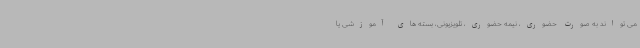
می تواند به صورت حضوری، نیمه حضوری، تلویزیونی، بسته های آموزشی یا